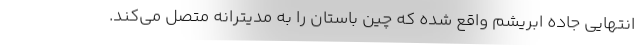
انتهایی جاده ابریشم واقع شده که چین باستان را به مدیترانه متصل می‌کند.